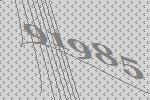
91985